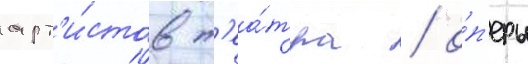
арт'и́стов т'еа́тра / о́п'еры